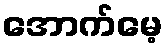
အောက်မေ့